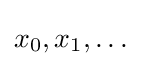
x_{0},x_{1},\dots